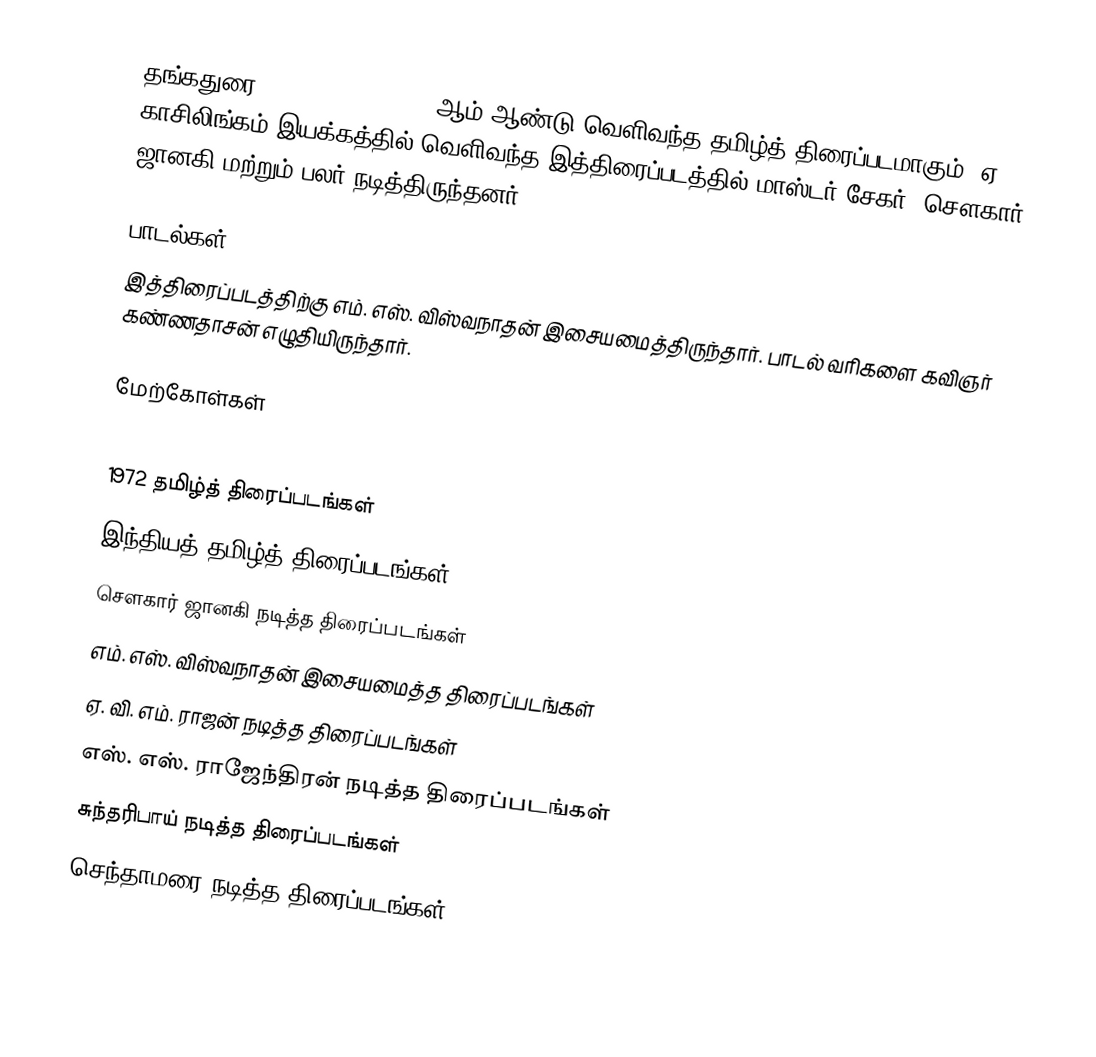
தங்கதுரை (Thangadurai) 1972 ஆம் ஆண்டு வெளிவந்த தமிழ்த் திரைப்படமாகும். ஏ. காசிலிங்கம் இயக்கத்தில் வெளிவந்த இத்திரைப்படத்தில் மாஸ்டர் சேகர், சௌகார் ஜானகி மற்றும் பலர் நடித்திருந்தனர்.

பாடல்கள்
இத்திரைப்படத்திற்கு எம். எஸ். விஸ்வநாதன் இசையமைத்திருந்தார். பாடல் வரிகளை கவிஞர் கண்ணதாசன் எழுதியிருந்தார்.

மேற்கோள்கள்

1972 தமிழ்த் திரைப்படங்கள்
இந்தியத் தமிழ்த் திரைப்படங்கள்
சௌகார் ஜானகி நடித்த திரைப்படங்கள்
எம். எஸ். விஸ்வநாதன் இசையமைத்த திரைப்படங்கள்
ஏ. வி. எம். ராஜன் நடித்த திரைப்படங்கள்
எஸ். எஸ். ராஜேந்திரன் நடித்த திரைப்படங்கள்
சுந்தரிபாய் நடித்த திரைப்படங்கள்
செந்தாமரை நடித்த திரைப்படங்கள்